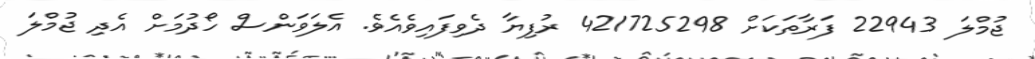
ޖުމްލަ 22943 ފަރާތަކަށް 421725298 ރުފިޔާ ދެވިފައިވެއެވެ. އެލަވަންސް ހޯދުމަށް އެދި ޖުމްލަ